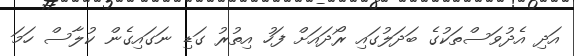
އަދި އެދުވަސްތަކުގެ ބަދަލުގައި ރޯދައަށް ފަހު އިތުރު ގަޑި ނަގައިގެން ކުލާސް ހަމަ